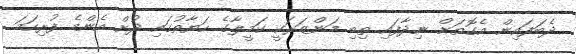
ދެބަފައިން އެގޮތަށް ނިދާފައި ތިބި މަންޒަރަކީ ކަމީލާގެ ހަޔާތުގައި ދުށް އެންމެ ފުރިހަމަ